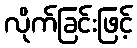
လိုက်ခြင်းဖြင့်